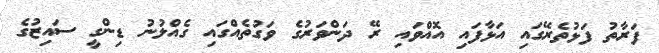
ފަރާތު ފަޅުތެރޭގައި އަޅާފައި އޮއްވައި ރޭ ދަންވަރުގެ ވަގުތެއްގައި ގެއްލުނު ޑިންގީ ސައިޒުގެ